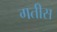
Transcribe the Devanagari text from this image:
गतीस